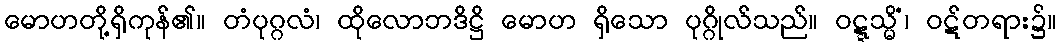
မောဟတို့ရှိကုန်၏။ တံပုဂ္ဂလံ၊ ထိုလောဘဒိဋ္ဌိ မောဟ ရှိသော ပုဂ္ဂိုလ်သည်။ ဝဋ္ဋသ္မိံ၊ ဝဋ်တရား၌။